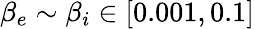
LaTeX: \beta_{e}\sim\beta_{i}\in\left[0.001,0.1\right]